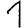
Digit: 1